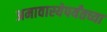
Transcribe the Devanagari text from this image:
अमावास्येपर्यंतच्या